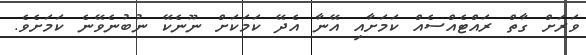
ވަރަށް ގާތް ރައްޓެއްސެއް ކަމަށާއި އޭނާ އެދޭ ކަމަކަށް ނޫނެކޭ ނުބުނެވޭނެ ކަމަށެވެ.